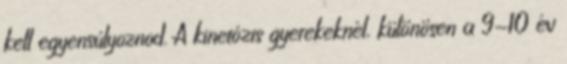
kell egyensúlyoznod. A kinetózis gyerekeknél, különösen a 9-10 év